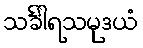
သင်္ခါရသမုဒယံ